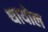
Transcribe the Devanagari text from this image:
थायोल